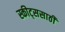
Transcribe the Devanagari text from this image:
स्कीट्ससाठी